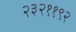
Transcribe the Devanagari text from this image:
२३२११९२